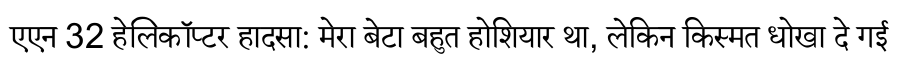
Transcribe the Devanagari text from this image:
एएन 32 हेलिकॉप्टर हादसा: मेरा बेटा बहुत होशियार था, लेकिन किस्मत धोखा दे गई